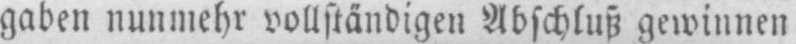
gaben nunmehr vollständigen Abschluß gewinnen